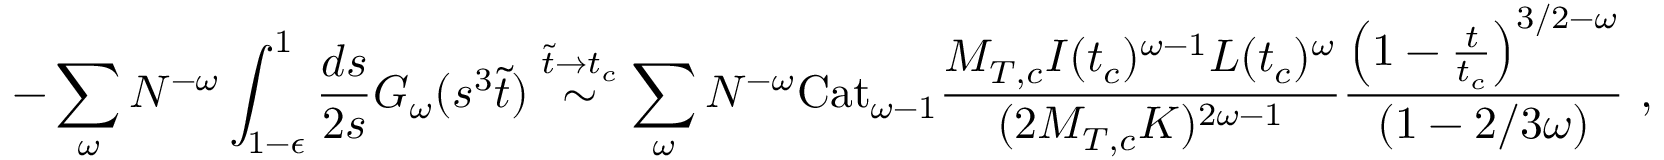
- \sum _ { \omega } N ^ { - \omega } \int _ { 1 - \epsilon } ^ { 1 } \frac { d s } { 2 s } G _ { \omega } ( s ^ { 3 } \tilde { t } ) \stackrel { \tilde { t } \rightarrow t _ { c } } { \sim } \sum _ { \omega } N ^ { - \omega } \mathrm { C a t } _ { \omega - 1 } \frac { M _ { T , c } I ( t _ { c } ) ^ { \omega - 1 } L ( t _ { c } ) ^ { \omega } } { ( 2 M _ { T , c } K ) ^ { 2 \omega - 1 } } \frac { \left( 1 - \frac { t } { t _ { c } } \right) ^ { 3 / 2 - \omega } } { ( 1 - 2 / 3 \omega ) } \mathrm { ~ , }